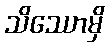
သိဿောမှိ